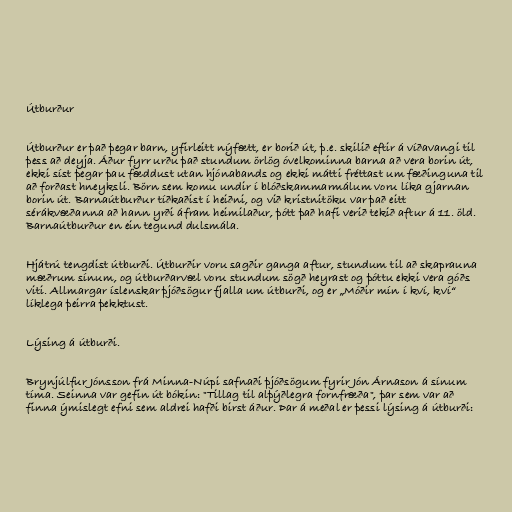
Útburður

Útburður er það þegar barn, yfirleitt nýfætt, er borið út, þ.e. skilið eftir á víðavangi til
þess að deyja. Áður fyrr urðu það stundum örlög óvelkominna barna að vera borin út,
ekki síst þegar þau fæddust utan hjónabands og ekki mátti fréttast um fæðinguna til
að forðast hneyksli. Börn sem komu undir í blóðskammarmálum voru líka gjarnan
borin út. Barnaútburður tíðkaðist í heiðni, og við kristnitöku var það eitt
sérákvæðanna að hann yrði áfram heimilaður, þótt það hafi verið tekið aftur á 11. öld.
Barnaútburður en ein tegund dulsmála.

Hjátrú tengdist útburði. Útburðir voru sagðir ganga aftur, stundum til að skaprauna
mæðrum sínum, og útburðarvæl voru stundum sögð heyrast og þóttu ekki vera góðs
viti. Allmargar íslenskar þjóðsögur fjalla um útburði, og er „Móðir mín í kví, kví“
líklega þeirra þekktust.

Lýsing á útburði.

Brynjúlfur Jónsson frá Minna-Núpi safnaði þjóðsögum fyrir Jón Árnason á sínum
tíma. Seinna var gefin út bókin: "Tillag til alþýðlegra fornfræða", þar sem var að
finna ýmislegt efni sem aldrei hafði birst áður. Þar á meðal er þessi lýsing á útburði: